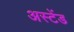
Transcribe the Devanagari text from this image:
अस्टेंड